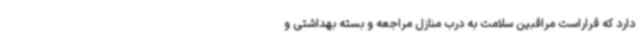
دارد که قراراست مراقبین سلامت به درب منازل مراجعه و بسته بهداشتی و